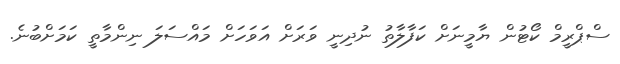
ސްޕްރީމް ކޯޓުން ޔާމީނަށް ކަފާލާތު ނުދިނީ ވަރަށް އަވަހަށް މައްސަލަ ނިންމާތީ ކަމަށްބުނެ.